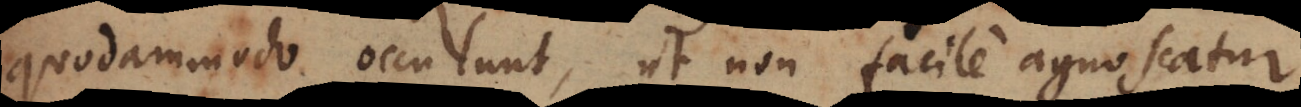
quodammodo occulunt, ut non facile agnoscatur